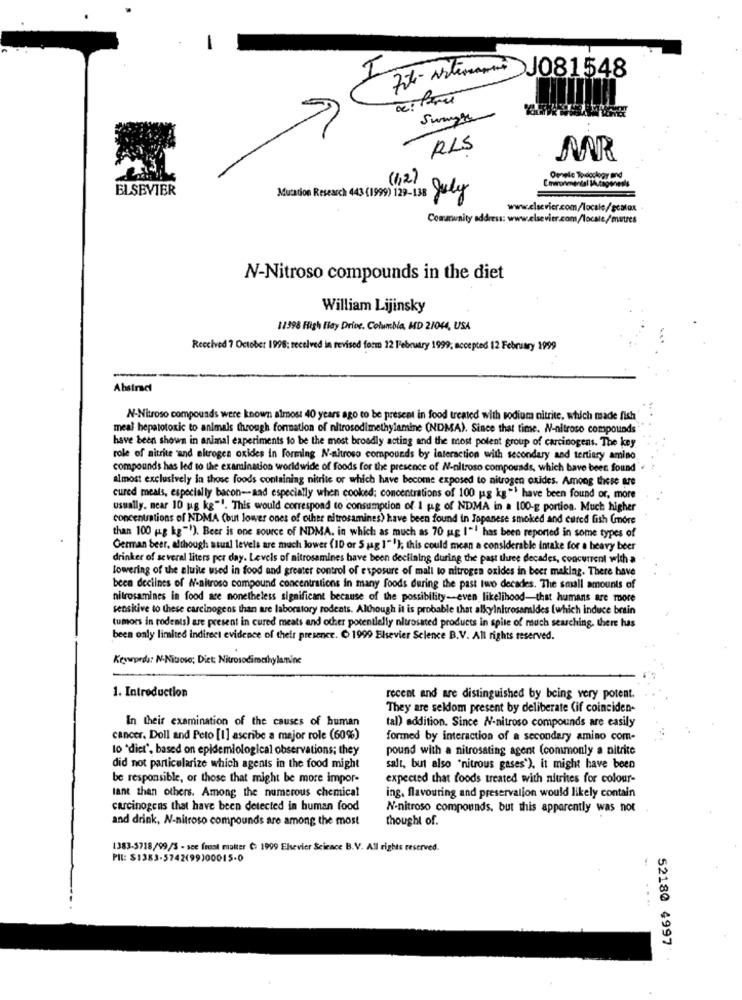
Fit- Noteranno J081548
RLS
MR
(1,2)
ELSEVIER
Cminonmendal Mutagenesis
Mutation Research 43 (199) 129-138 July
Community address: www.elsevier.com/locale/mutres
N-Nitroso compounds in the diet
William Lijinsky
12398 Fligh flay Drive. Columbia, MD 21044, USA
Received 7 October 1996: received in revised form 12 February 1999; accepted 12 February 1999
Abstract
N-Nitroso compounds were known almost 40 years ago to be present in food treated with sodium nitrite, which made fish
meal hepatotoxic to animals through formation of nitrosodimethylamine (NDMA). Since that time. N-nitroso compounds
have been shown in animal experiments to be the most broadly acting and the most potent group of carcinogens. The key
role of nitrite and nitrogen oxides in Forming N-nitroso compounds by interaction with secondary and tertiary amino
compounds has led to the examination worldwide of foods for the presence of N-nitroso compounds, which have been found"
almost exclusively in those foods containing nitrite of which have become exposed to nitrogen oxides. Among these are
cured meals, especially bacon-aad especially when cooked; concentrations of 100 ug kg "! have been found or, more
usually. near 10 ug kg"". This would correspond to consumption of 1 pg of NDMA in a 100-g portion. Much higher
concentrations of NDMA (but lower ones of other nitrosamines) have been found in Japanese smoked and cured fish (more
than 100 (g kg""). Beer is one source of NDMA. in which as much as 70 ug 1"! has been reported in some types of
German beer, although atual levels are much lower (10 or 5 jag 1"'); this could mean a considerable intake for a heavy beer
drinker of several liters per day. Levels of nitrosamines have been declining during the past three decades, concurrent with a
lowering of the aluite used in food and greater control of exposure of mall to nitrogen oxides in beer maklag. There have
been declines of N-nitroso compound concentrations in many foods during the past two decades. The small amounts of
nitrosamines in food are nonetheless significant because of the possibility-even likelihood-that humans are more
sensitive to these carcinogens than are laboratory rodents. Although it is probable that alkylnitrosamides (which induce brain
tumors in rodents) are present in cured meats and other potentially nitrosated products in spite of much searching, there has
been only limited indirect evidence of their presence. C 1999 Elsevier Science B.V. All rights reserved.
Keywords: N-Nitroso; Diet: Nitrosodimethylamine
1. Introduction
recent and are distinguished by being very potent.
They are seldom present by deliberate (if coinciden-
In their examination of the causes of human
tal) addition. Since N-nitroso compounds are easily
cancer. Doll and Peto [1] ascribe a major role (60%)
formed by interaction of a secondary amino com-
to 'dier", based on epidemiological observations; they
pound with a nitrosating agent (commonly a nitrite
did not particularize which agents in the food might
salt, but also "nitrous gases'). it might have been
be responsible, or those that might be more impor-
expected that foods treated with nitrites for colour-
lant than others. Among the numerous chemical
ing. flavouring and preservation would likely contain
carcinogens that have been detected in human food
N-nitroso compounds, but this apparently was not
and drink, N-nitroso compounds are among the most
thought of.
1383-5718/99/3 - see freat matter C: 1999 Elsevier Science B.V. All rights reserved.
PIL: $1383-5742(99)00015-0
52180 4997